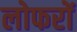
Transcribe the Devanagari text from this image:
लोफरों